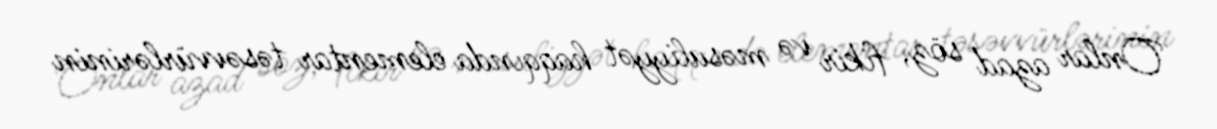
Onlar azad söz, fikir və məsuliyyət haqqında elementar təsəvvürlərinin